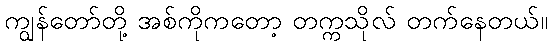
ကျွန်တော်တို့ အစ်ကိုကတော့ တက္ကသိုလ် တက်နေတယ်။